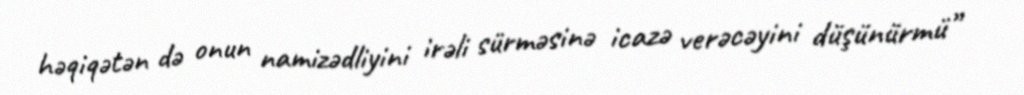
həqiqətən də onun namizədliyini irəli sürməsinə icazə verəcəyini düşünürmü”